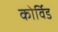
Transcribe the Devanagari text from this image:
कोर्विड